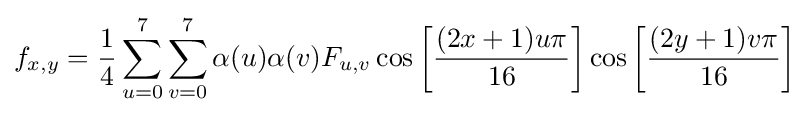
f_{x,y}={\frac {1}{4}}\sum _{u=0}^{7}\sum _{v=0}^{7}\alpha (u)\alpha (v)F_{u,v}\cos \left[{\frac {(2x+1)u\pi }{16}}\right]\cos \left[{\frac {(2y+1)v\pi }{16}}\right]